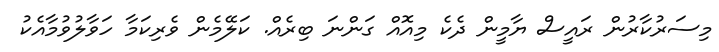
މިސަރުކާރުން ރައީސް ޔާމީން ދެކެ މިއޮއް ގަންނަ ބިރެއް. ކަލޭމެން ވެރިކަމާ ހަވާލުވުމާއެކު